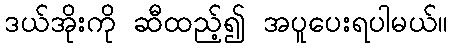
ဒယ်အိုးကို ဆီထည့်၍ အပူပေးရပါမယ်။